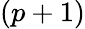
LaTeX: (p+1)